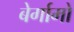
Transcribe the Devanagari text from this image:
बेर्गामो